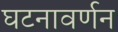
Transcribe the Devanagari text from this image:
घटनावर्णन